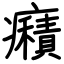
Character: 癪